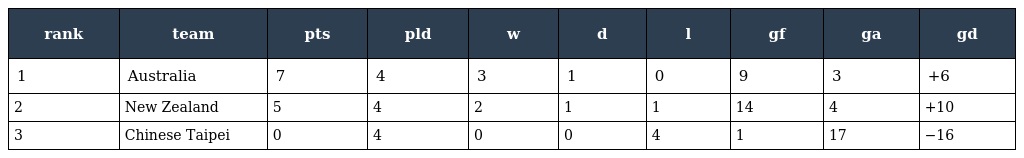
| rank | team | pts | pld | w | d | l | gf | ga | gd |
 | --- | --- | --- | --- | --- | --- | --- | --- | --- | --- |
 | 1 | Australia | 7 | 4 | 3 | 1 | 0 | 9 | 3 | +6 |
 | 2 | New Zealand | 5 | 4 | 2 | 1 | 1 | 14 | 4 | +10 |
 | 3 | Chinese Taipei | 0 | 4 | 0 | 0 | 4 | 1 | 17 | −16 |